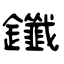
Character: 鑯